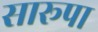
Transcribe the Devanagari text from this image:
सारूपा